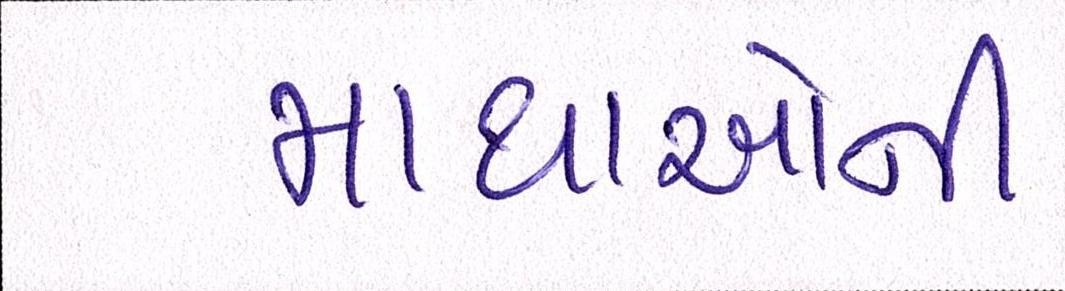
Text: માથાઓની